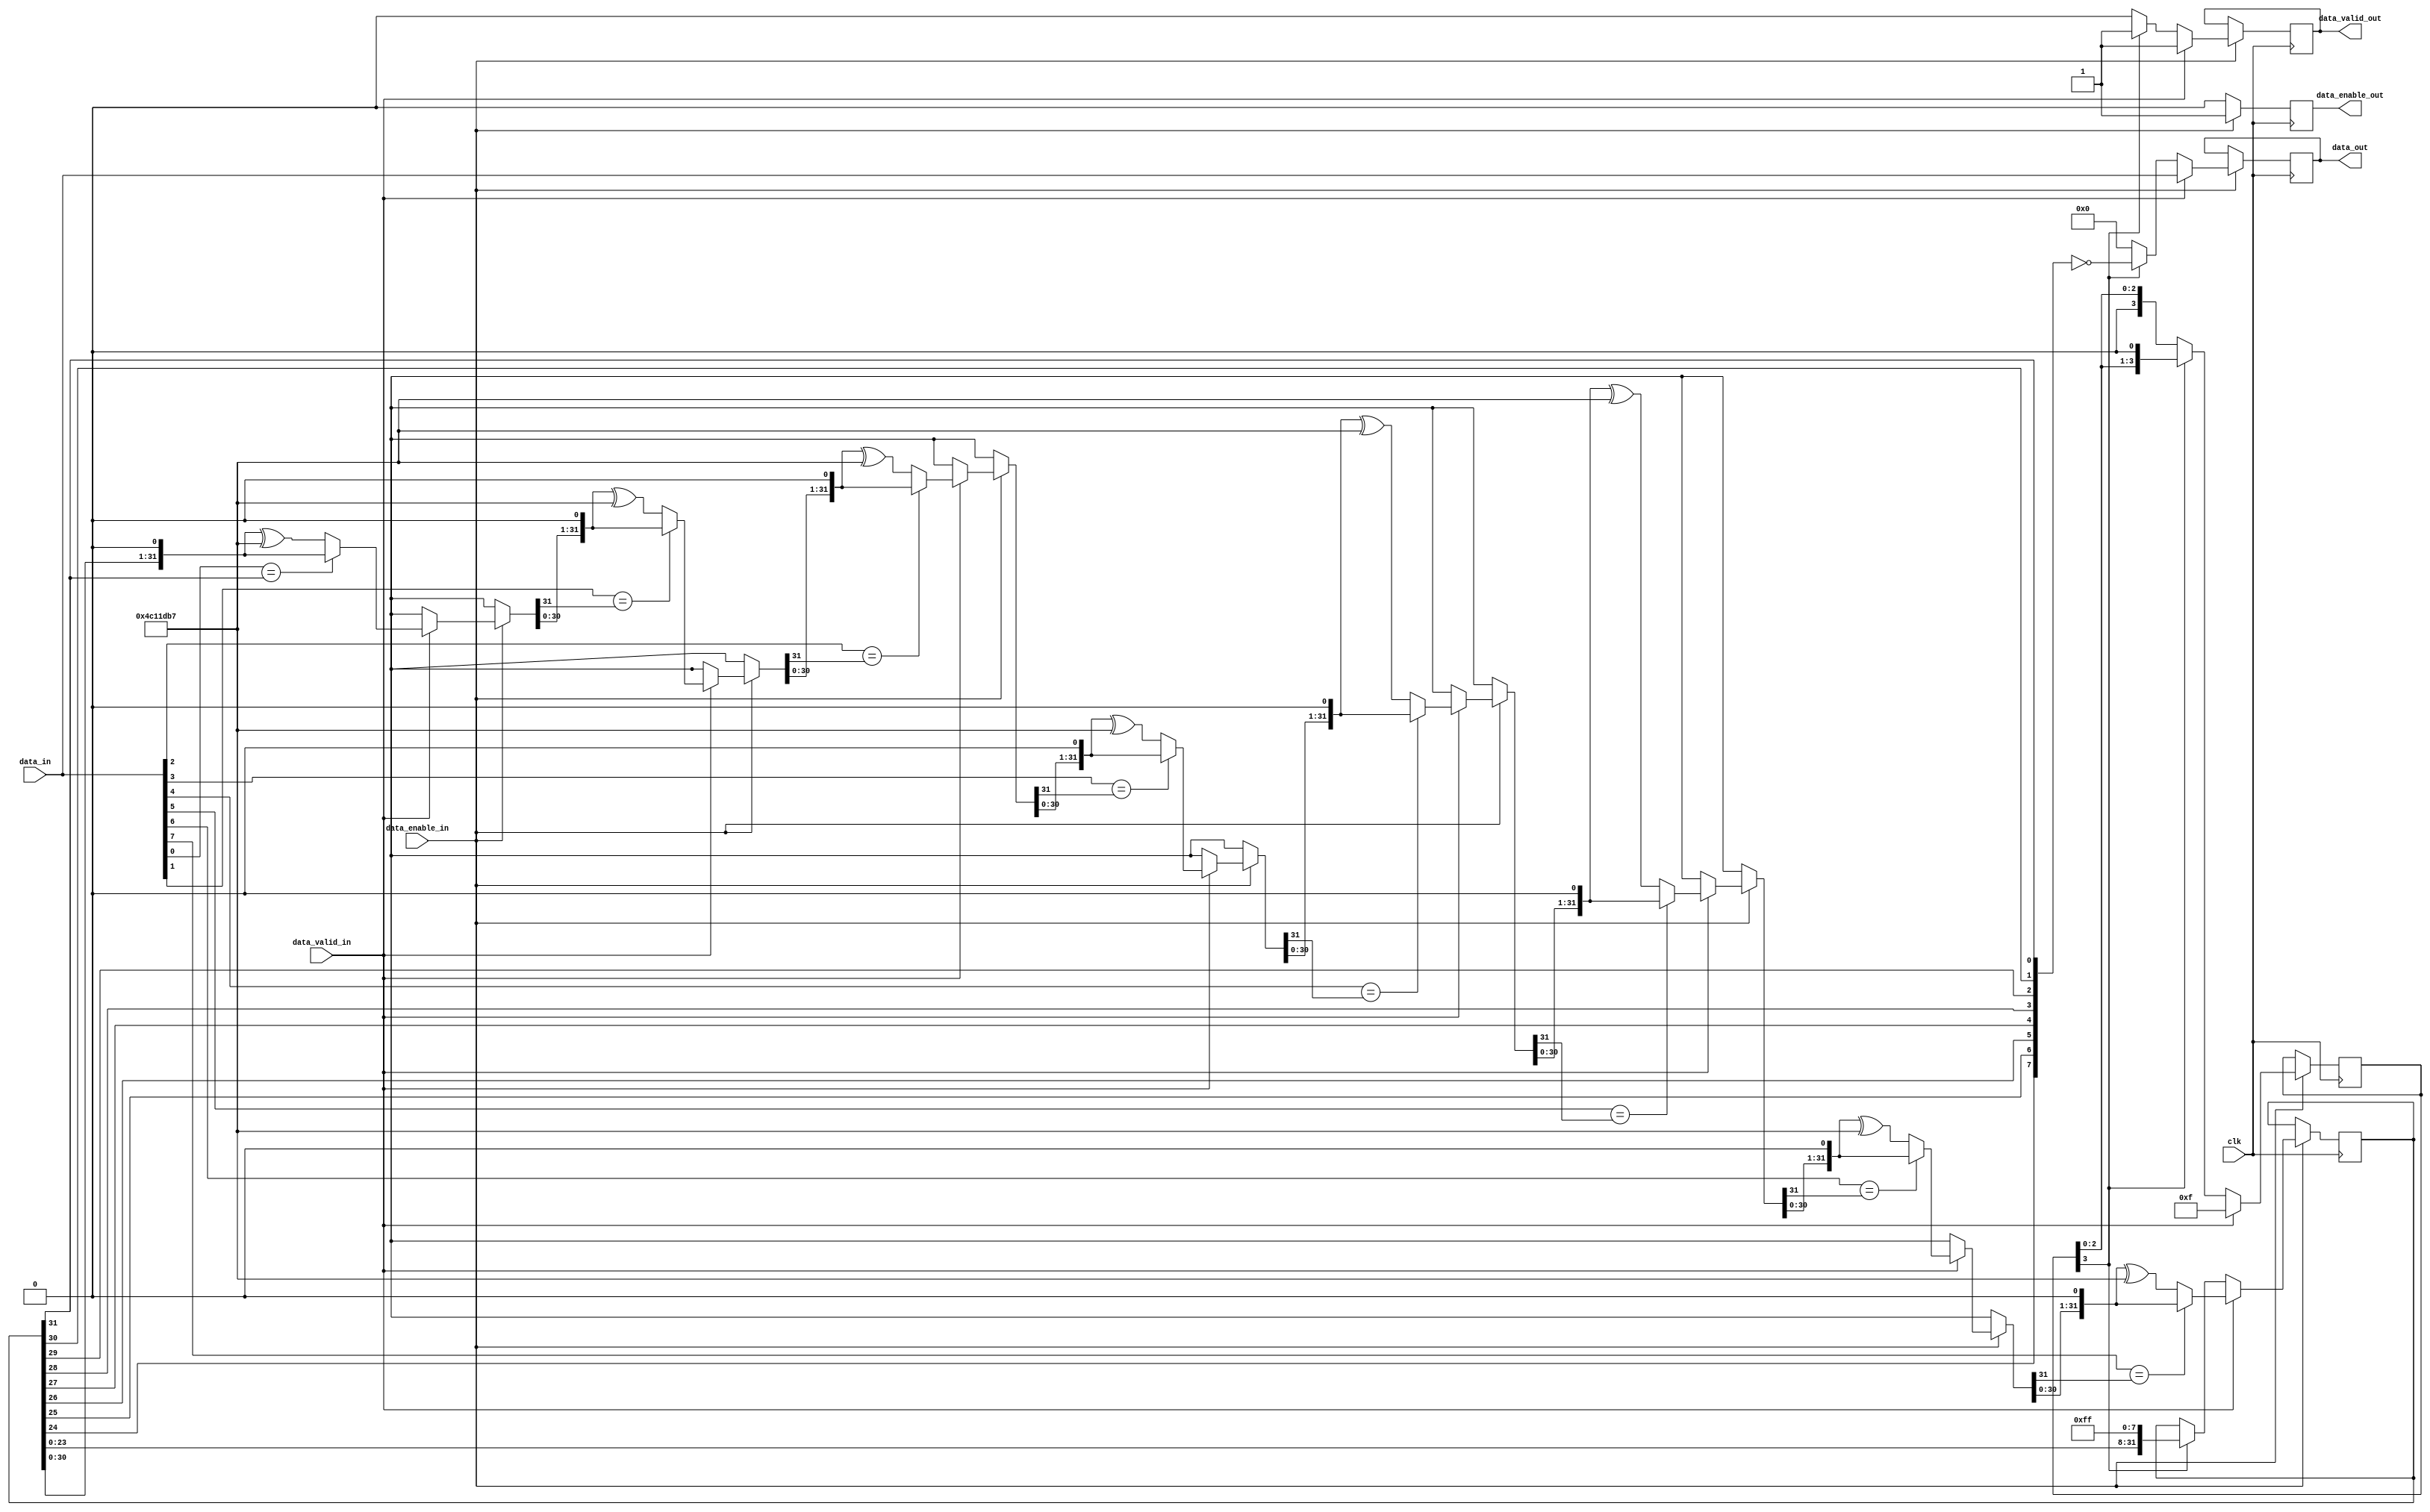
module add_crc32(
	input wire clk,
	input wire [7:0] data_in,
	input wire data_valid_in,
	input wire data_enable_in,
	output reg [7:0] data_out = 8'b0,
	output reg data_valid_out = 1'b0,
	output reg data_enable_out = 1'b0
	//output reg almost_sent = 1'b0
	);

	reg [31:0] crc = 32'hffffffff;
	reg [3:0] trailer_left = 4'b0;

	reg [31:0] v_crc = 32'hffffffff;
   // reg [3:0] i = 4'b0; // for for loop
   integer i=0;


   always @* begin
		v_crc = 32'hffffffff;
   end
	always @(posedge clk) begin
		data_enable_out <= 1'b0;

		if (data_enable_in == 1'b1)
		begin
			data_enable_out <= 1'b1;
			if (data_valid_in == 1'b1)
			begin
				// pass the data through
				data_out <= data_in;
				data_valid_out <= 1'b1;
				// flag that we need to output 8bytes of CRC
				trailer_left <= 4'b1111;

				// update CRC
				v_crc = crc;
				for (i=0; i<8; i=i+1)
				begin
				if (data_in[i] == v_crc[31])
				v_crc = {v_crc[30:0],1'b0};
				else
				v_crc = {v_crc[30:0],1'b0} ^ 32'h04c11db7;
				end
				crc <= v_crc;
			end
			else if (trailer_left[3] == 1'b1)
			begin
				// append the CRC
				data_out <= ~({crc[24],crc[25],crc[26],crc[27],crc[28],crc[29],crc[30],crc[31]});
				//data_out <= 8'hca;
				crc <= {crc[23:0] ,8'b11111111};
				trailer_left <= {trailer_left[2:0],1'b0};
				data_valid_out <= 1'b1;
				
			end
			else begin
				// idle
				data_out <= 8'b00000000;
				data_valid_out <= 1'b0;
			end
		end
	end
endmodule